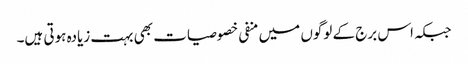
جبکہ اس برج کے لوگوں میں منفی خصوصیات بھی بہت زیادہ ہوتی ہیں۔